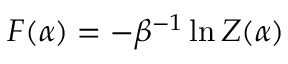
F ( \alpha ) = - \beta ^ { - 1 } \ln Z ( \alpha )